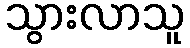
သွားလာသူ